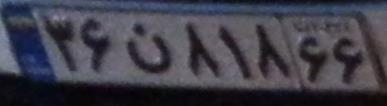
۳۶ن۸۱۸۶۶